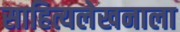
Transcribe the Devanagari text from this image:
साहित्यलेखनाला